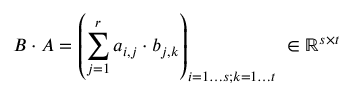
B \cdot A = \left( \sum _ { j = 1 } ^ { r } a _ { i , j } \cdot b _ { j , k } \right) _ { i = 1 \ldots s ; k = 1 \ldots t } \; \in \mathbb { R } ^ { s \times t }